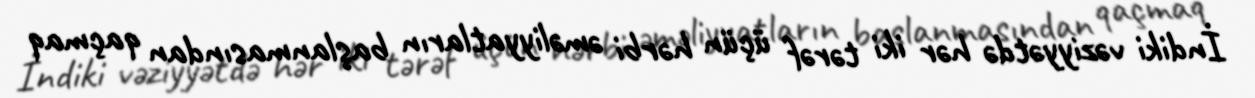
İndiki vəziyyətdə hər iki tərəf üçün hərbi əməliyyatların başlanmasından qaçmaq